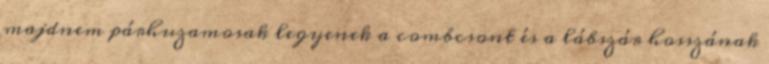
majdnem párhuzamosak legyenek a combcsont és a lábszár hosszának